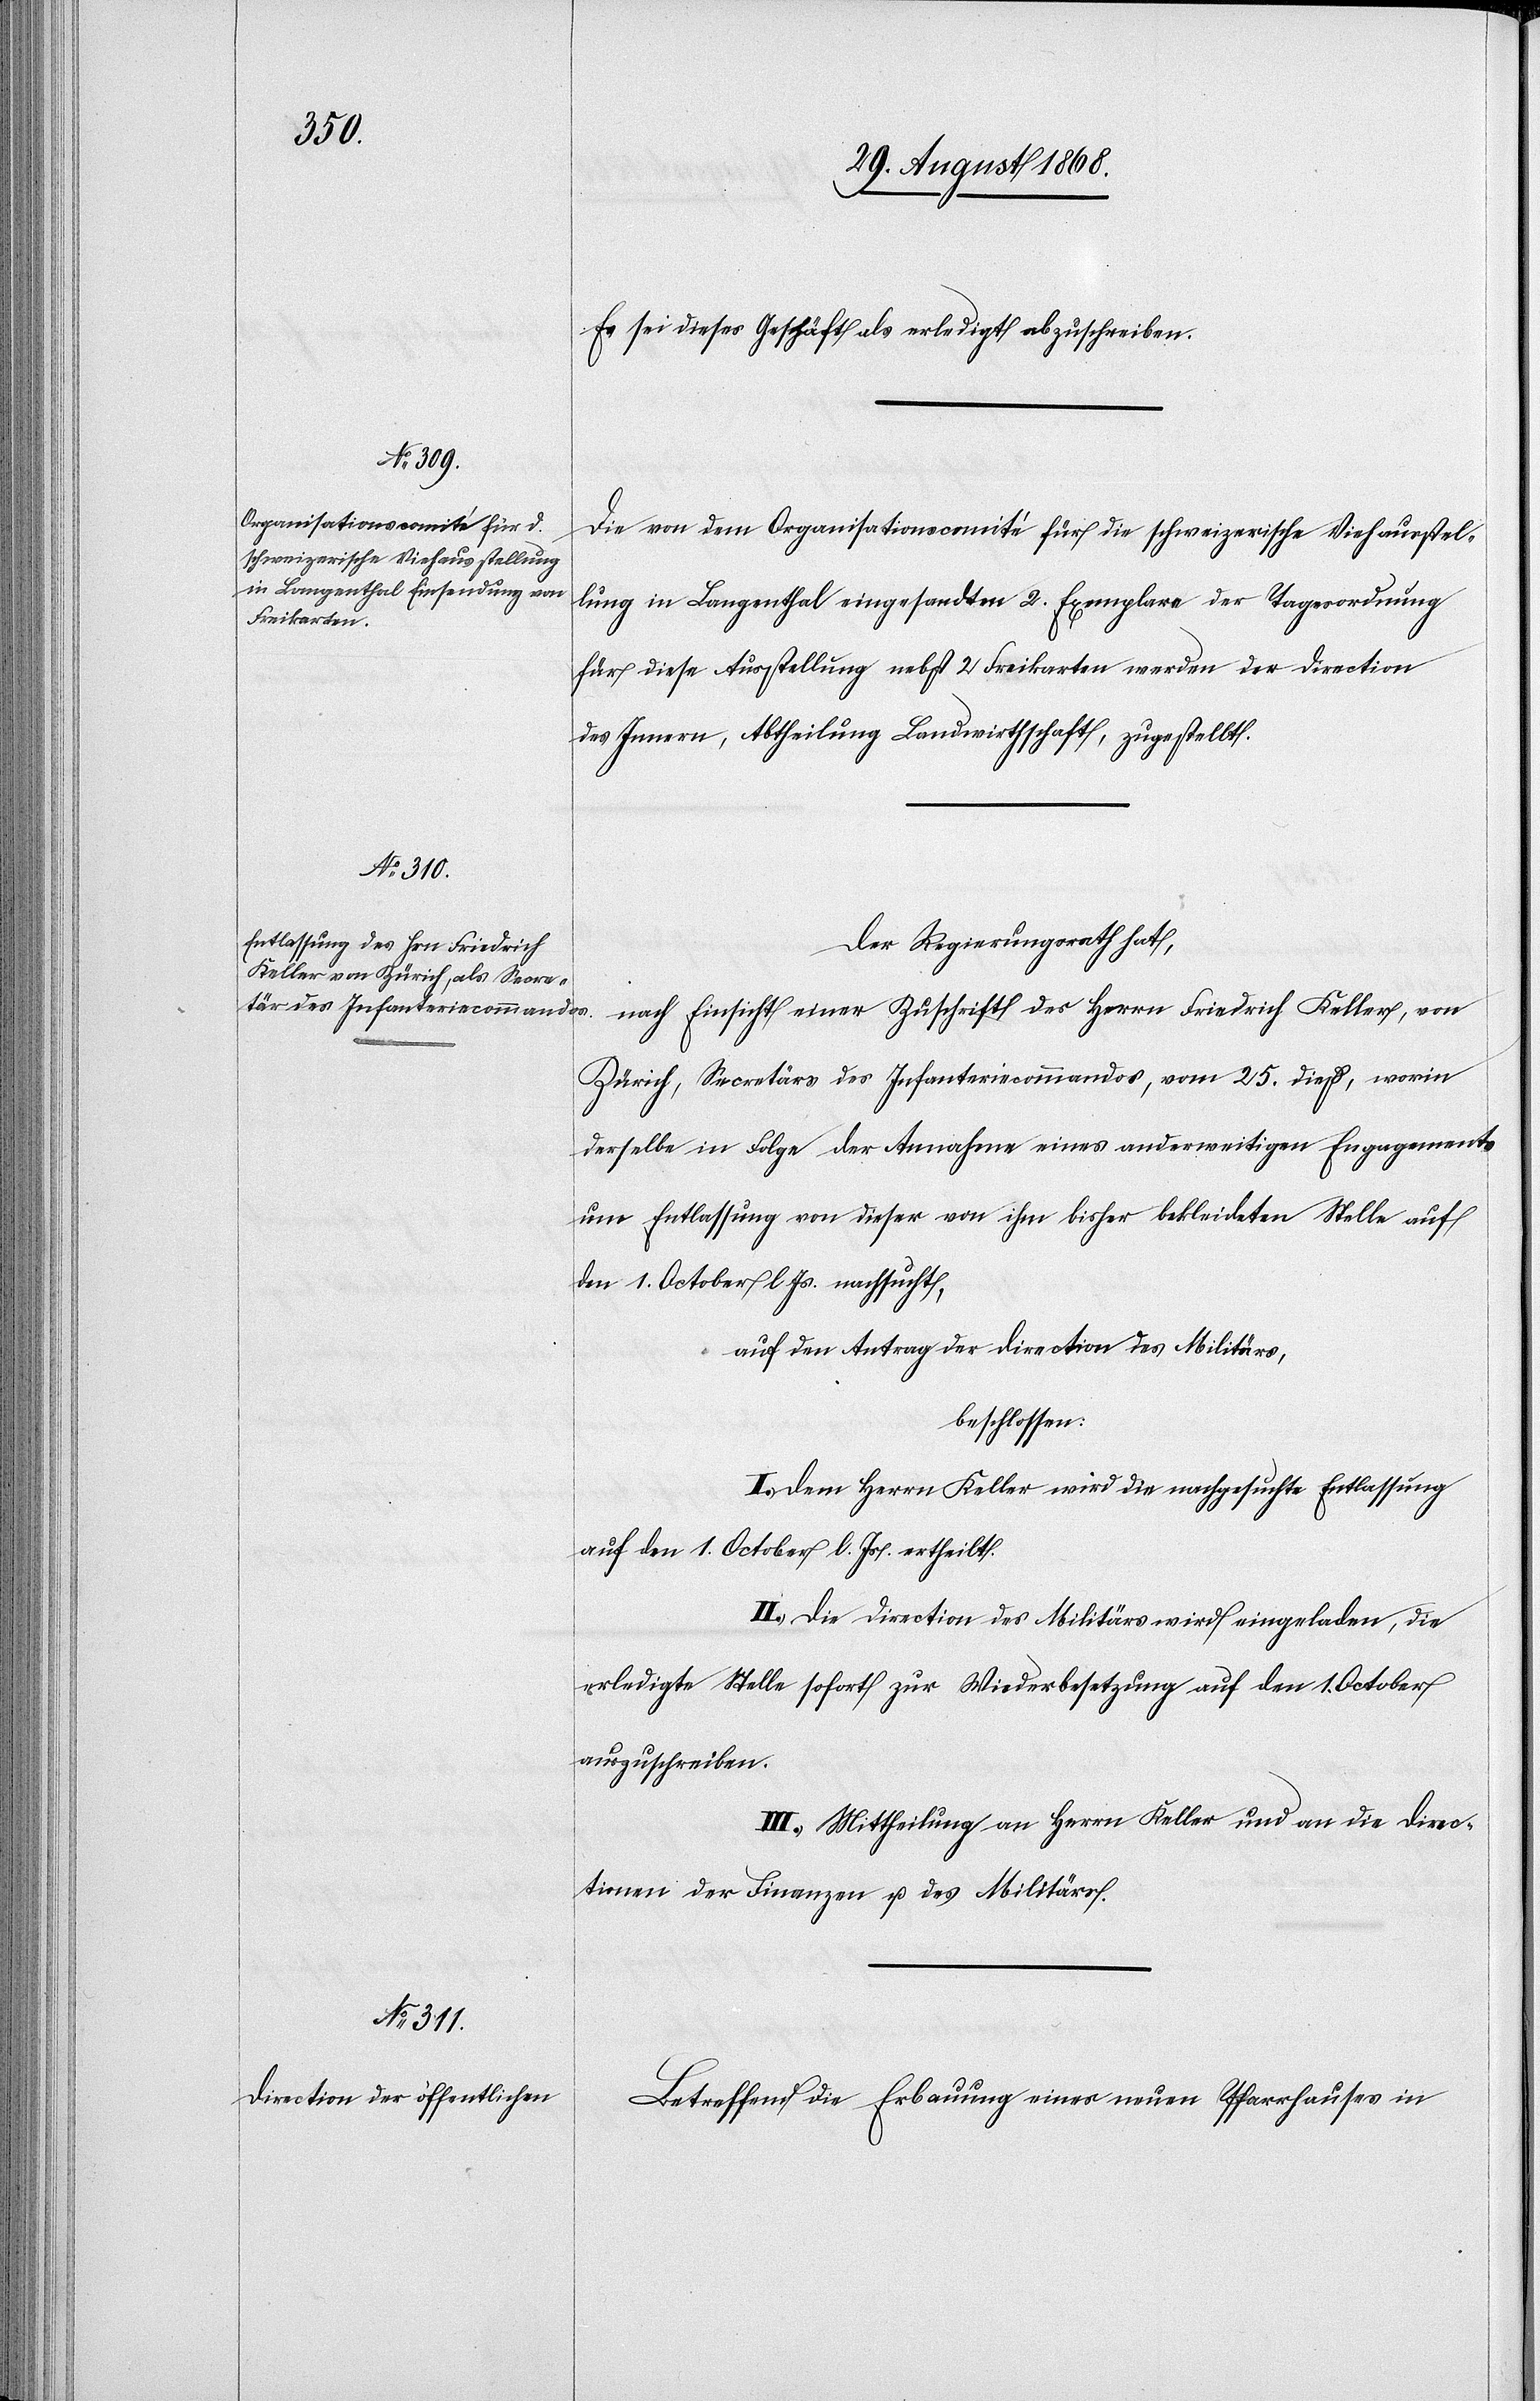
Es sei dieses Geschäft als erledigt abzuschreiben.
Die von dem Organisationscomité für die schweizerische Viehausstel¬
lung in Langenthal eingesandten 2. Exemplare der Tagesordnung
für diese Ausstellung nebst 2 Freikarten werden der Direction
des Innern, Abtheilung Landwirthschaft, zugestellt.
Der Regierungsrath hat,
nach Einsicht einer Zuschrift des Herrn Friedrich Keller, von
Zürich, Secretärs des Infanteriecommandos, vom 25. dieß, worin
derselbe in Folge der Annahme eines anderweitigen Engagements
um Entlassung von dieser von ihm bisher bekleideten Stelle auf
den 1. October l. Js. nachsucht,
auf den Antrag der Direction des Militärs,
beschlossen:
I.) Dem Herrn Keller wird die nachgesuchte Entlassung
auf den 1. October l. Js. ertheilt.
II.) Die Direction des Militärs wird eingeladen, die
erledigte Stelle sofort zur Wiederbesetzung auf den 1. October
auszuschreiben.
III.) Mittheilung an Herrn Keller und an die Direc¬
tionen der Finanzen u. des Militärs.
Betreffend die Erbauung eines neuen Pfarrhauses in